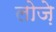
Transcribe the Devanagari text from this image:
लोज़े